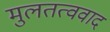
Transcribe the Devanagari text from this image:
मुलतत्ववाद